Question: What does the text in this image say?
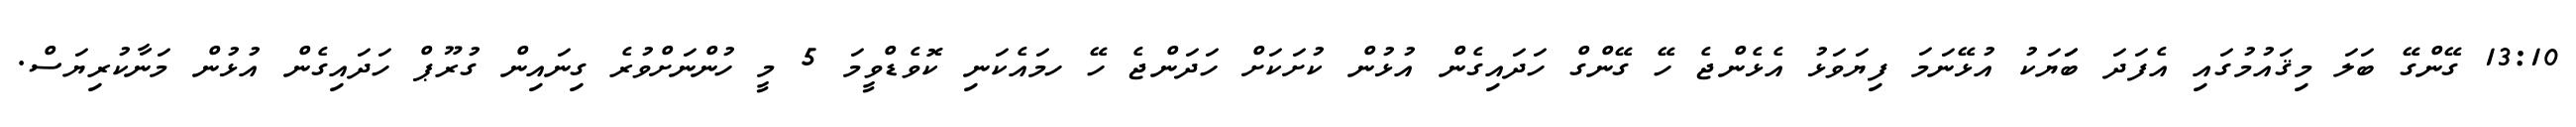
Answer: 13:10 ގޭންގޭ ބަލަ މިޤައުމުގައި އެފަދަ ބަަޔަކު އުޅޭނަމަ ފިޔަވަޅު އެޅެންޖެ ހޭ ގޭންގް ހަދައިގެން އުޅުން ކުށަކަށް ހަދަންޖެ ހޭ ހމައެކަނި ކޮވެޑްވީމަ 5 މީ ހުންނަށްވުރެ ގިނައިން ގުރޫޕް ހަދައިގެން އުޅުން މަނާކުރިޔަސް.